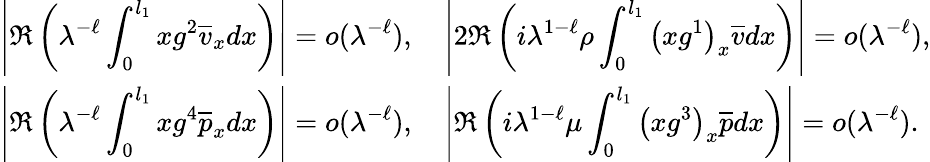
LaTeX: \begin{array}{l}{\displaystyle\left|\Re\left({\lambda}^{-\ell}\int_{0}^{l_{1}}xg^{2}\overline{{v}}_{x}dx\right)\right|=o({\lambda}^{-\ell}),\quad\left|2\Re\left(i{\lambda}^{1-\ell}\rho\int_{0}^{l_{1}}\left(xg^{1}\right)_{x}\overline{{v}}dx\right)\right|=o({\lambda}^{-\ell}),}\\ {\displaystyle\left|\Re\left({\lambda}^{-\ell}\int_{0}^{l_{1}}xg^{4}\overline{{p}}_{x}dx\right)\right|=o({\lambda}^{-\ell}),\quad\left|\Re\left(i{\lambda}^{{1-\ell}}\mu\int_{0}^{l_{1}}\left(xg^{3}\right)_{x}\overline{{p}}dx\right)\right|=o({\lambda}^{-\ell}).}\end{array}